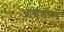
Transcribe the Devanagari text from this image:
आइडोल